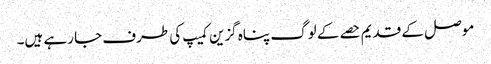
موصل کے قدیم حصے کے لوگ پناہ گزین کمیپ کی طرف جا رہے ہیں۔